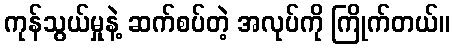
ကုန်သွယ်မှုနဲ့ ဆက်စပ်တဲ့ အလုပ်ကို ကြိုက်တယ်။